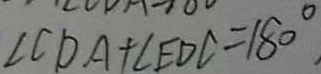
\angle C D A + \angle E D C = 1 8 0 ^ { \circ } ,